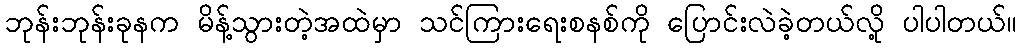
ဘုန်းဘုန်းခုနက မိန့်သွားတဲ့အထဲမှာ သင်ကြားရေးစနစ်ကို ပြောင်းလဲခဲ့တယ်လို့ ပါပါတယ်။